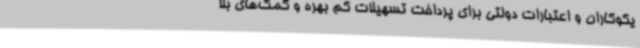
یکوکاران و اعتبارات دولتی برای پرداخت تسهیلات کم بهره و کمک‌های بلا